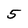
Character: 5